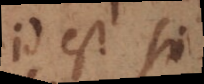
id est si